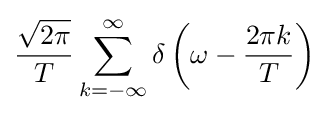
{\frac {\sqrt {2\pi }}{T}}\sum _{k=-\infty }^{\infty }\delta \left(\omega -{\frac {2\pi k}{T}}\right)